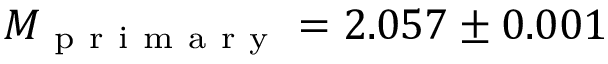
M _ { \mathrm { ~ p ~ r ~ i ~ m ~ a ~ r ~ y ~ } } = 2 . 0 5 7 \pm 0 . 0 0 1